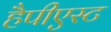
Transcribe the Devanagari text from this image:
हैपीएस्ट